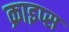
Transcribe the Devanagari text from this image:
क्राइप्स